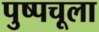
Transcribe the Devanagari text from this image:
पुष्पचूला